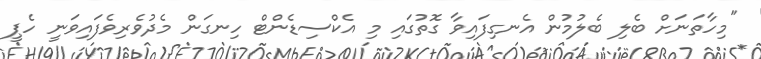
"މިހާތަނަށް ބެލި ބެލުމުން އެނގިފައިވާ ގޮތުގައި މި އެކްސިޑެންޓް ހިނގަން މެދުވެރިވެފައިވަނީ ހެޕީ